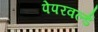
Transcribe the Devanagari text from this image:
पेपरवर्ल्ड